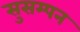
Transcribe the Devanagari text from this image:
सुसम्पन